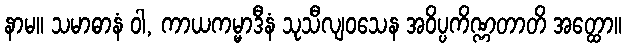
နာမ။ သမာဓာနံ ဝါ, ကာယကမ္မာဒီနံ သုသီလျဝသေန အဝိပ္ပကိဏ္ဏတာတိ အတ္ထော။